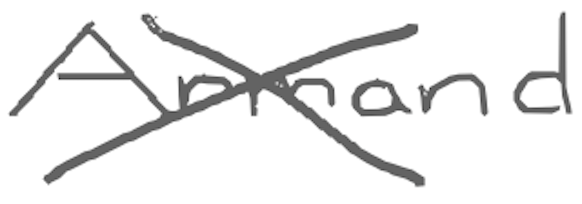
Text: Armand
Cross-out: cross
Writing tool: digital_gray